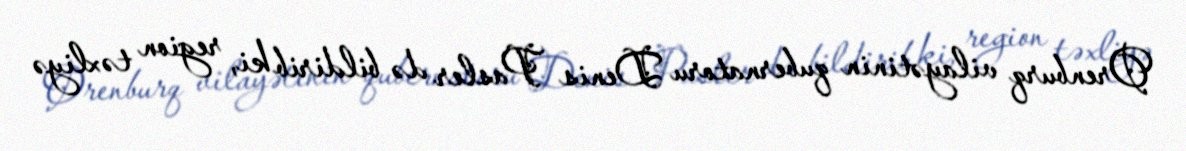
Orenburq vilayətinin qubernatoru Denis Pasler də bildirib ki, region təxliyə